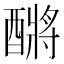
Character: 𮠿